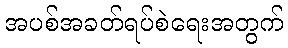
အပစ်အခတ်ရပ်စဲရေးအတွက်